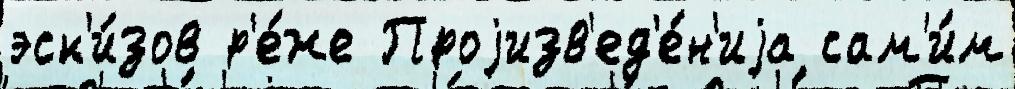
эск'и́зов р'е́же Проjизв'ед'е́н'иjа сам'и́м